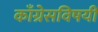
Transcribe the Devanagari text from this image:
काँग्रेसविषयी